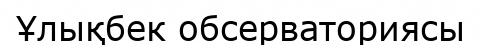
Ұлықбек обсерваториясы